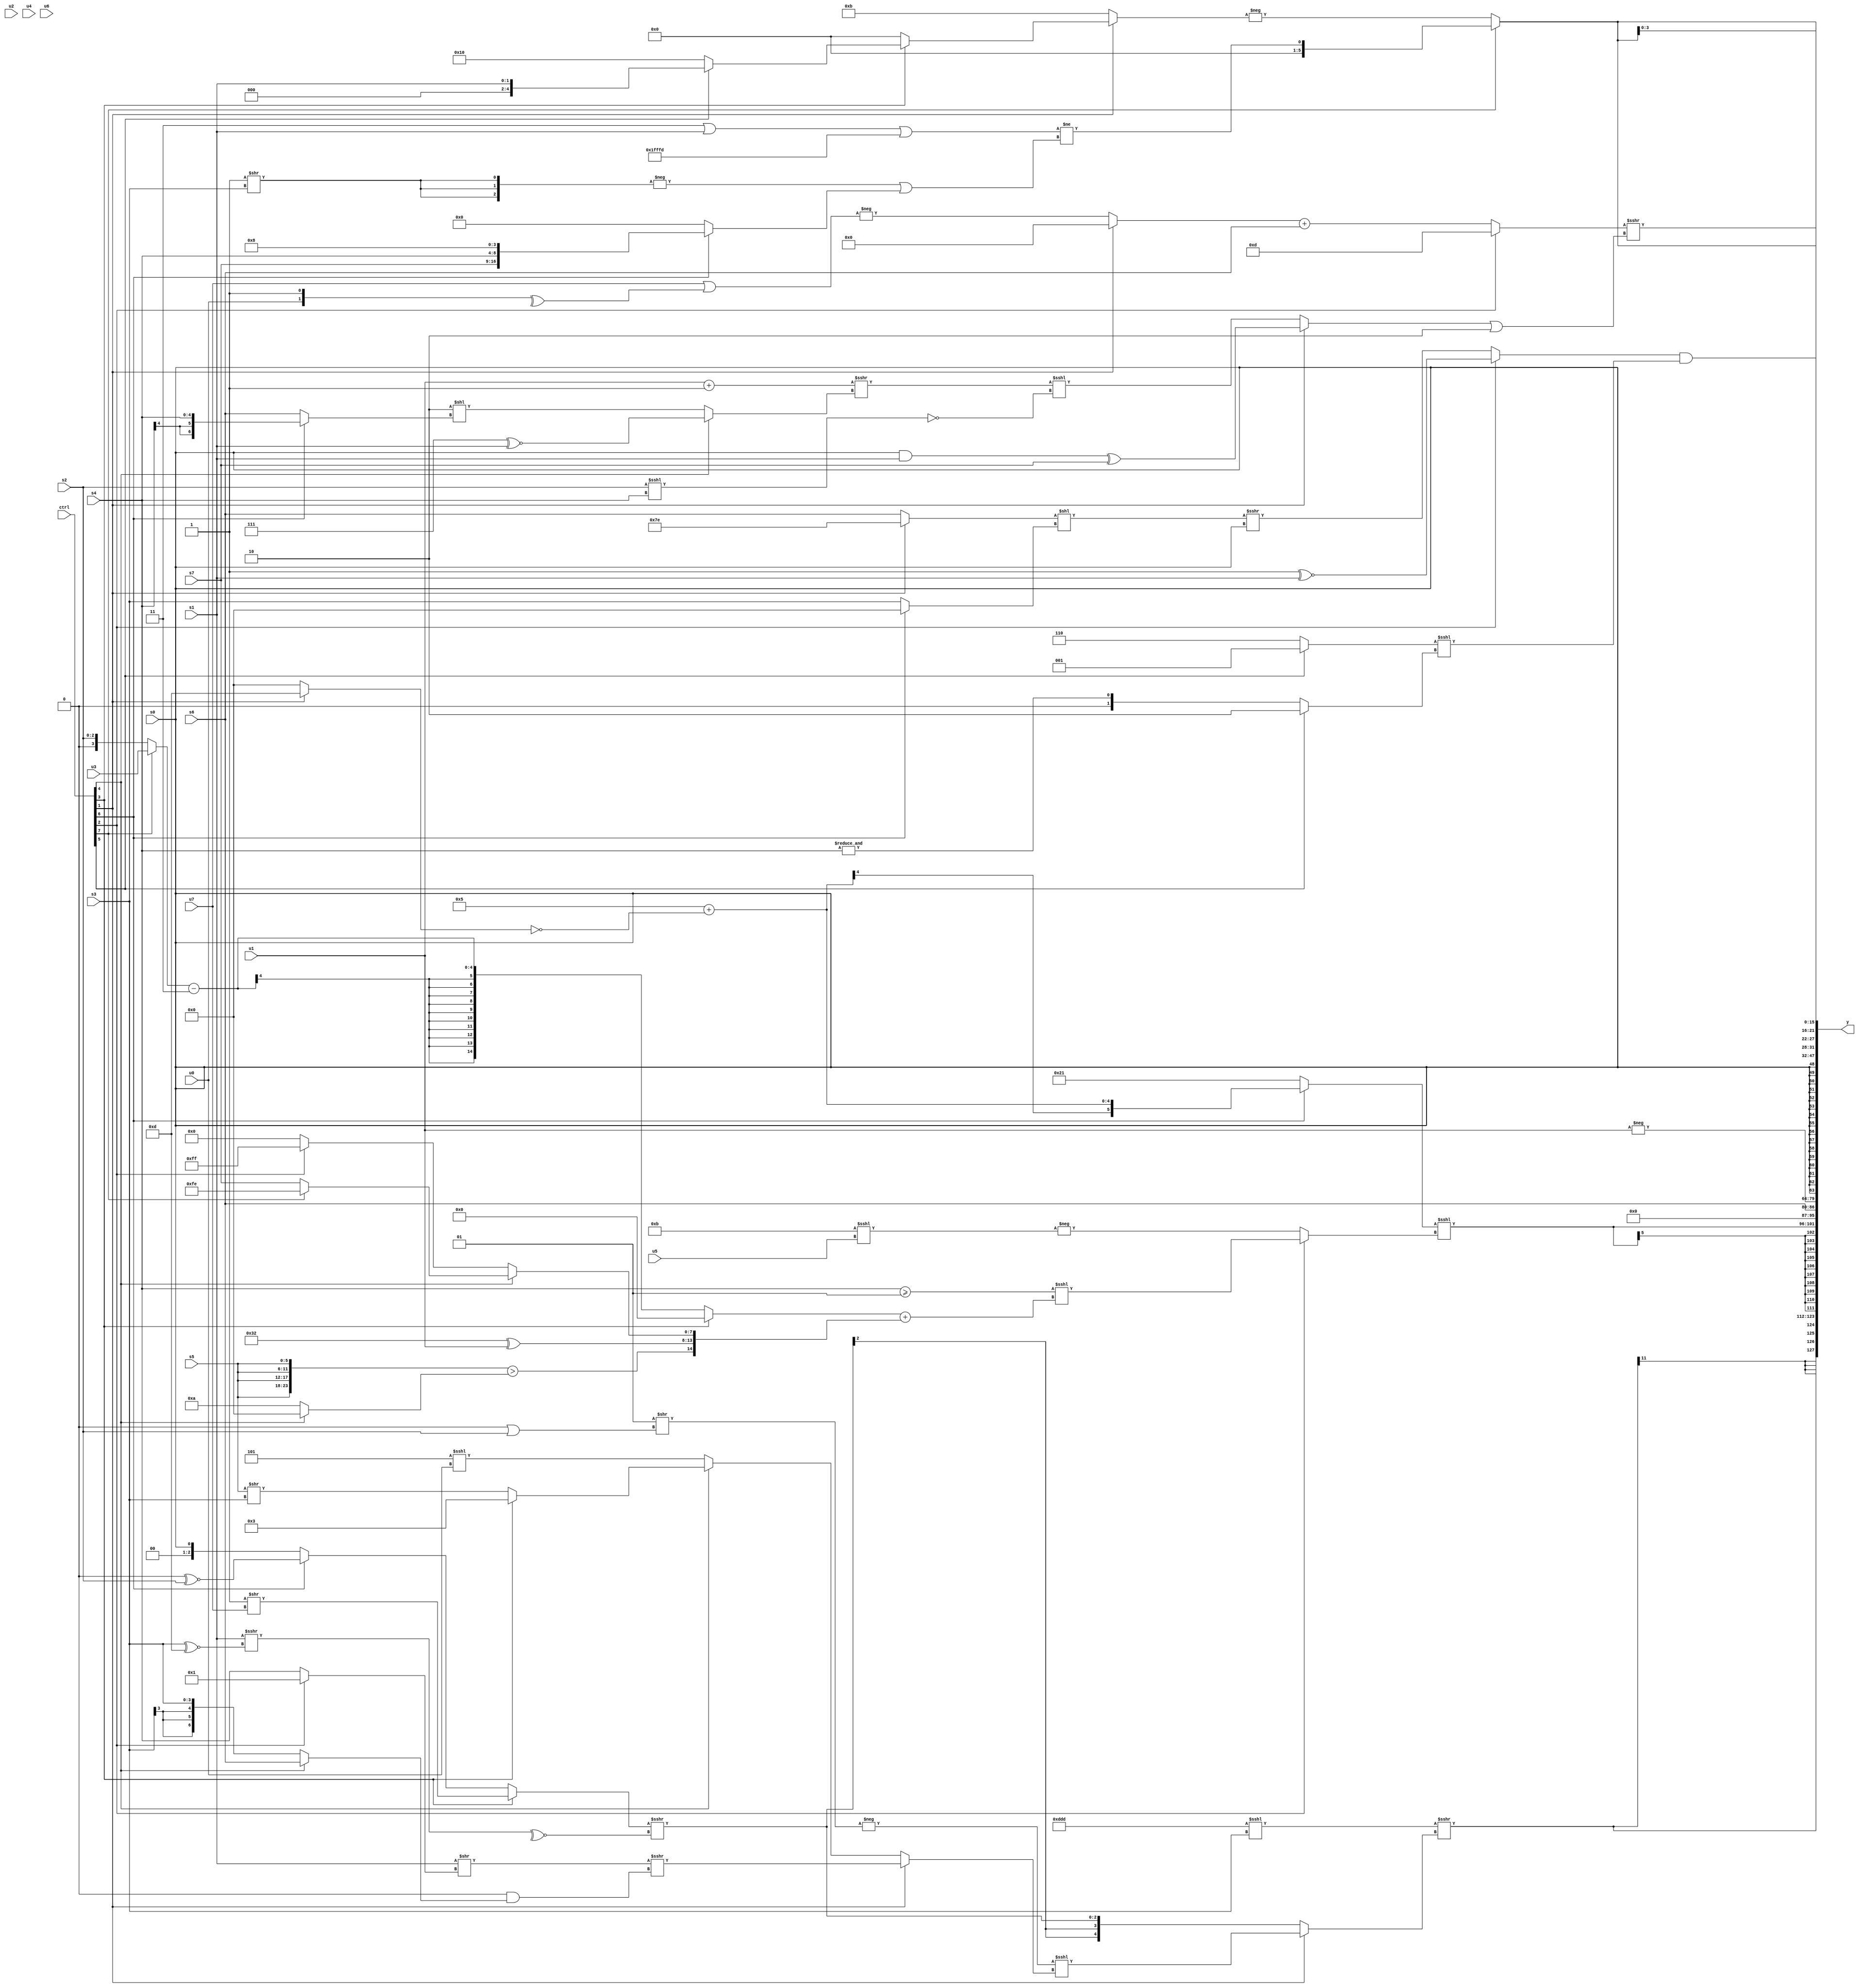
module wideexpr_00439(ctrl, u0, u1, u2, u3, u4, u5, u6, u7, s0, s1, s2, s3, s4, s5, s6, s7, y);
  input [7:0] ctrl;
  input [0:0] u0;
  input [1:0] u1;
  input [2:0] u2;
  input [3:0] u3;
  input [4:0] u4;
  input [5:0] u5;
  input [6:0] u6;
  input [7:0] u7;
  input signed [0:0] s0;
  input signed [1:0] s1;
  input signed [2:0] s2;
  input signed [3:0] s3;
  input signed [4:0] s4;
  input signed [5:0] s5;
  input signed [6:0] s6;
  input signed [7:0] s7;
  output [127:0] y;
  wire [15:0] y0;
  wire [15:0] y1;
  wire [15:0] y2;
  wire [15:0] y3;
  wire [15:0] y4;
  wire [15:0] y5;
  wire [15:0] y6;
  wire [15:0] y7;
  assign y = {y0,y1,y2,y3,y4,y5,y6,y7};
  assign y0 = $signed((({3{+(4'b1101)}})<<<(s3))>>>((ctrl[1]?(-($signed(((2'sb11)-(5'sb11110))>>((1'sb0)|(s2)))))<<<((ctrl[1]?((+(s1))>>((ctrl[2]?3'sb001:s4)))>>>(((5'sb10010)&(3'sb000))&((ctrl[4]?s6:s3))):(ctrl[4]?(ctrl[3]?(3'sb011)<<<(4'sb0000):(s5)>>(s3)):((4'sb1101)>>(1'sb0))<<<(u0)))):$signed(((ctrl[3]?+((1'b1)>>(u7)):(ctrl[6]?(2'sb00)^~(s2):s0)))>>>(~^((s1)>>>((s3)^~(4'b1101))))))));
  assign y1 = $signed(((ctrl[6]?+((6'sb000101)+($signed($signed(((ctrl[1]?4'sb1101:2'sb00))==(+(1'sb0)))))):6'sb100001))<<<((ctrl[2]?((s4)>=($signed(+(2'sb01))))<<<(((ctrl[3]?(~|($signed(3'sb111)))<<(4'sb1010):((ctrl[7]?(u3)<<<(2'sb00):{1{s2}}))-({2{~^(4'sb0011)}})))+({$signed(({4{s5}})>((ctrl[4]?4'b0000:6'sb001010))),(6'b110010)^(u1),(ctrl[4]?(ctrl[7]?$signed(2'b10):$signed(s7)):(ctrl[2]?1'sb1:(s1)<<(5'sb11100)))})):-((5'sb01011)<<<(u5)))));
  assign y2 = $signed({u0,{1{(ctrl[2]?|(2'b11):4'sb0100)}},{3{({2{3'b000}})>>((4'b0100)>>>(2'sb11))}},s6});
  assign y3 = -(u1);
  assign y4 = +($signed(s0));
  assign y5 = ((ctrl[2]?(4'sb1111)^~(s1):(((ctrl[1]?2'sb10:s6))<<((ctrl[6]?1'sb0:s3)))>>>(s0)))&($signed((((ctrl[5]?1'b1:3'sb110))<<<((1'sb0)>=(4'sb0110)))<<<((ctrl[5]?(ctrl[5]?2'sb10:s2):&(s4)))));
  assign y6 = {4{{1{(ctrl[7]?(((2'sb11)|(s1))|(-(2'sb11)))!=((-({3{(1'sb1)>>(s3)}}))|((ctrl[6]?$signed({s7,s4,4'b1000}):$signed($signed(1'b0))))):-(+((ctrl[1]?(ctrl[3]?(ctrl[5]?s1:6'sb010000):(s5)>>>(6'sb001010)):+(5'sb01011)))))}}}};
  assign y7 = ((ctrl[2]?4'sb1101:((ctrl[1]?1'sb0:-((u7)|(^({u0,1'b1})))))+(s6)))>>>(((ctrl[1]?(($signed(s0))&(s1))^(s7):((($signed({1{u1}}))+((-(1'sb1))|(+(4'sb1110))))>>>((ctrl[4]?({3{1'sb1}})^~($signed(s1)):(3'sb010)<<((ctrl[6]?s4:s6)))))<<<(((s2)<<<(s4))==(3'sb000))))|(2'sb10));
endmodule